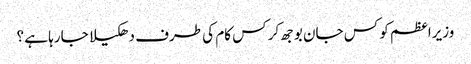
وزیراعظم کو کس جان بوجھ کر کس کام کی طرف دھکیلا جارہا ہے ؟